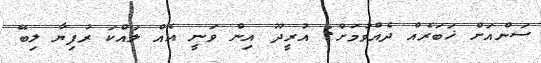
ސަންއަށް ޚަބަރެއް ދެއްވުމަށް: އުރީދޫ އިން ވަނީ އެއް ލައްކަ ރުފިޔާ ލިބޭ